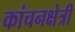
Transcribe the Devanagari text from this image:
कांचनक्षेत्री